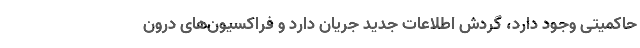
حاکمیتی وجود دارد، گردشِ اطلاعاتِ جدید جریان دارد و فراکسیون­های درون